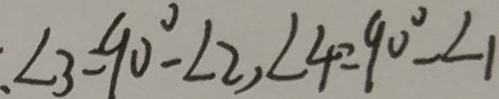
\angle 3 = 9 0 ^ { \circ } - \angle 2 , \angle 4 = 9 0 ^ { \circ } - \angle 1